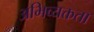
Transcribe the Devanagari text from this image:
अभिव्यक्तता